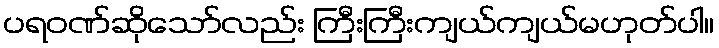
ပရဝဏ်ဆိုသော်လည်း ကြီးကြီးကျယ်ကျယ်မဟုတ်ပါ။